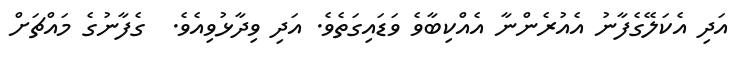
އަދި އެކަލޭގެފާނު އެއުރެންނާ އެއްކިބާވެ ވަޑައިގަތެވެ. އަދި ވިދާޅުވިއެވެ.  ގެފާނުގެ މައްޗަށް